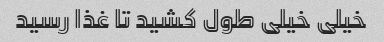
خیلی خیلی طول کشید تا غذا رسید